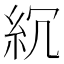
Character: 𥾚